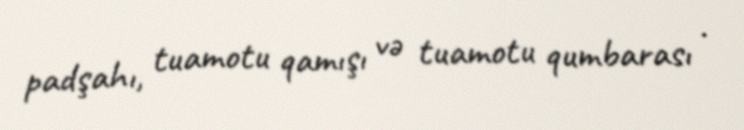
padşahı, tuamotu qamışı və tuamotu qumbarası .